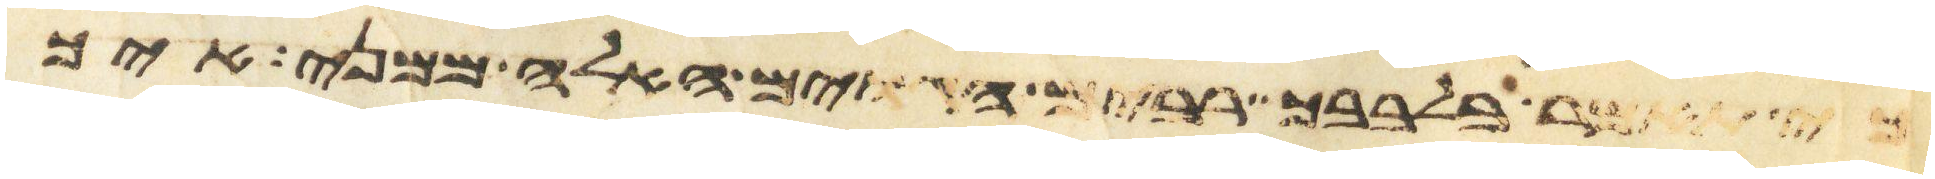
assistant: כי תאמר בלבבך רבים הגוים האלה ממני איך